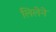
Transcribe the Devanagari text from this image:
लिलेने